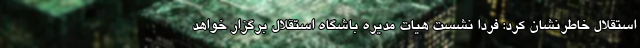
استقلال خاطرنشان کرد: فردا نشست هیات مدیره باشگاه استقلال برگزار خواهد